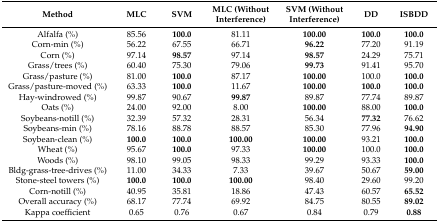
| Method | MLC | SVM | MLC (Without Interference) | SVM (Without Interference) | DD | ISBDD |
 | --- | --- | --- | --- | --- | --- | --- |
 | Alfalfa (%) | 85.56 | 100.0 | 81.11 | 100.00 | 100.0 | 100.0 |
 | Corn-min (%) | 56.22 | 67.55 | 66.71 | 96.22 | 77.20 | 91.19 |
 | Corn (%) | 97.14 | 98.57 | 97.14 | 98.57 | 24.29 | 75.71 |
 | Grass/trees (%) | 60.40 | 75.30 | 79.06 | 99.73 | 91.41 | 95.70 |
 | Grass/pasture (%) | 81.00 | 100.0 | 87.17 | 100.00 | 100.0 | 100.0 |
 | Grass/pasture-moved (%) | 63.33 | 100.0 | 11.67 | 100.00 | 100.0 | 100.0 |
 | Hay-windrowed (%) | 99.87 | 90.67 | 99.87 | 89.87 | 77.74 | 89.87 |
 | Oats (%) | 24.00 | 92.00 | 8.00 | 100.00 | 88.00 | 100.0 |
 | Soybeans-notill (%) | 32.39 | 57.32 | 28.31 | 56.34 | 77.32 | 76.62 |
 | Soybeans-min (%) | 78.16 | 88.78 | 88.57 | 85.30 | 77.96 | 94.90 |
 | Soybean-clean (%) | 100.0 | 100.0 | 100.00 | 100.00 | 93.21 | 100.0 |
 | Wheat (%) | 95.67 | 100.0 | 97.33 | 100.00 | 100.0 | 100.0 |
 | Woods (%) | 98.10 | 99.05 | 98.33 | 99.29 | 93.33 | 100.0 |
 | Bldg-grass-tree-drives (%) | 11.00 | 34.33 | 7.33 | 39.67 | 50.67 | 59.00 |
 | Stone-steel towers (%) | 100.0 | 100.0 | 100.00 | 98.40 | 29.60 | 99.20 |
 | Corn-notill (%) | 40.95 | 35.81 | 18.86 | 47.43 | 60.57 | 65.52 |
 | Overall accuracy (%) | 68.17 | 77.74 | 69.92 | 84.75 | 80.55 | 89.02 |
 | Kappa coefficient | 0.65 | 0.76 | 0.67 | 0.84 | 0.79 | 0.88 |